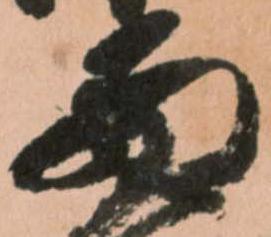
西